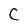
Character: C